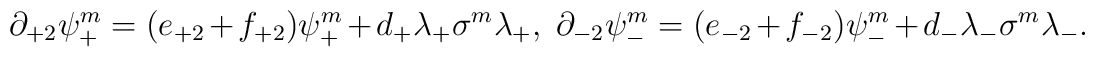
\partial_{+2}\psi^m_+=(e_{+2}+f_{+2})\psi^m_++d_+\lambda_+\sigma^m\lambda_+, \ \partial_{-2}\psi^m_-=(e_{-2}+f_{-2})\psi^m_-+d_-\lambda_-\sigma^m\lambda_-.